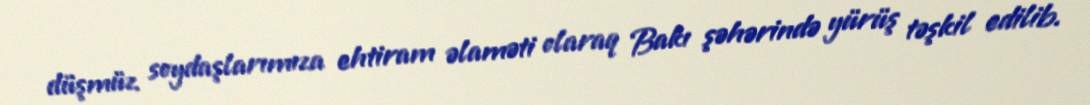
düşmüz soydaşlarımıza ehtiram əlaməti olaraq Bakı şəhərində yürüş təşkil edilib.